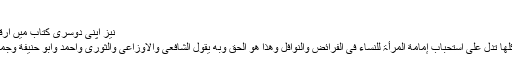
‘‘
نیز اپنی دوسری کتاب میں ارقام فرماتے ہیں:
وھذا الروایات کلھا تدل علی استحباب إمامة المرأۃ للنساء فی الفرائض والنوافل وھذا ھو الحق وبه یقول الشافعی والاوزاعی والثوری واحمد وابو حنیفة وجماعة رحمھم اللہ۔